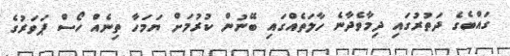
ގައްބެގެ ދަތުރުގައި ދިމާވެދާނެ ހާލަތެއްގައި ބޭނުން ކުރުމަށް ޔަމަހާ ތިނެއް ހޯސް ޕަވަރުގެ